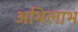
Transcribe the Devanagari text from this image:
अभिलाभ